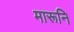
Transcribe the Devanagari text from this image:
मारूनि